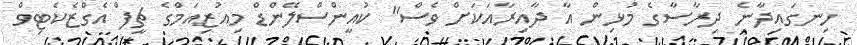
ހިނގައިދާނެ ދިރާސާގެ މުޅިން އާ ދާއިރާއަކަށް ވެސް" ކުއީންސްލޭންޑް މިއުޒިއަމްގެ ޗީފް އެގްޒެކެޓިވް